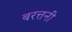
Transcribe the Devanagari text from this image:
बरत्तनी